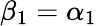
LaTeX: \beta_{1}=\alpha_{1}